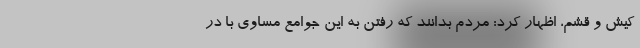
کیش و قشم، اظهار کرد: مردم بدانند که رفتن به این جوامع مساوی با در